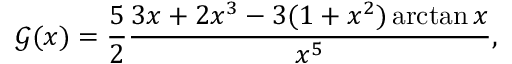
\mathcal { G } ( x ) = \frac { 5 } { 2 } \frac { 3 x + 2 x ^ { 3 } - 3 ( 1 + x ^ { 2 } ) \arctan x } { x ^ { 5 } } ,